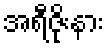
အရီဇိုးနား